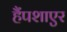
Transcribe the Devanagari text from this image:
हैंपशाएर